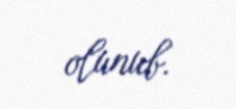
olunub.